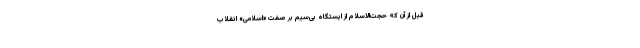
قبل از آن که حجت‌الاسلام از ایستگاه بی‌سیم بر صفت «اسلامی» انقلاب